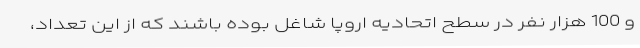
و 100 هزار نفر در سطح اتحادیه اروپا شاغل بوده باشند که از این تعداد،